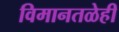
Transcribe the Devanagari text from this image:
विमानतळेही